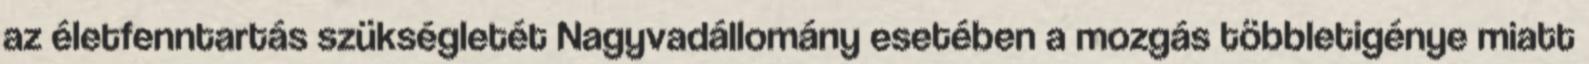
az életfenntartás szükségletét Nagyvadállomány esetében a mozgás többletigénye miatt